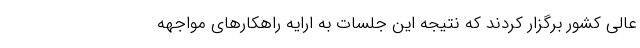
عالی کشور برگزار کردند که نتیجه این جلسات به ارایه راهکارهای مواجهه